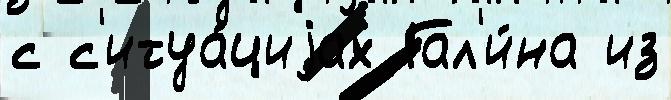
с с'итуа́циjах Гал'и́на из